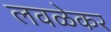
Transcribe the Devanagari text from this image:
लवळेकर